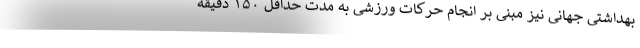
بهداشتی جهانی نیز مبنی بر انجام حرکات ورزشی به مدت حداقل ۱۵۰ دقیقه